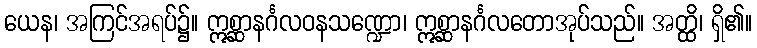
ယေန၊ အကြင်အရပ်၌။ ဣစ္ဆာနင်္ဂလဝနသဏ္ဍော၊ ဣစ္ဆာနင်္ဂလတောအုပ်သည်။ အတ္ထိ၊ ရှိ၏။